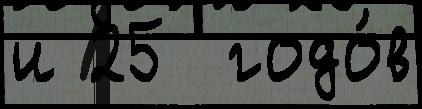
и 25  годо́в